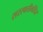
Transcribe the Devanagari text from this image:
सरस्वतीमंदिर